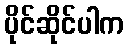
ပိုင်ဆိုင်ပါက